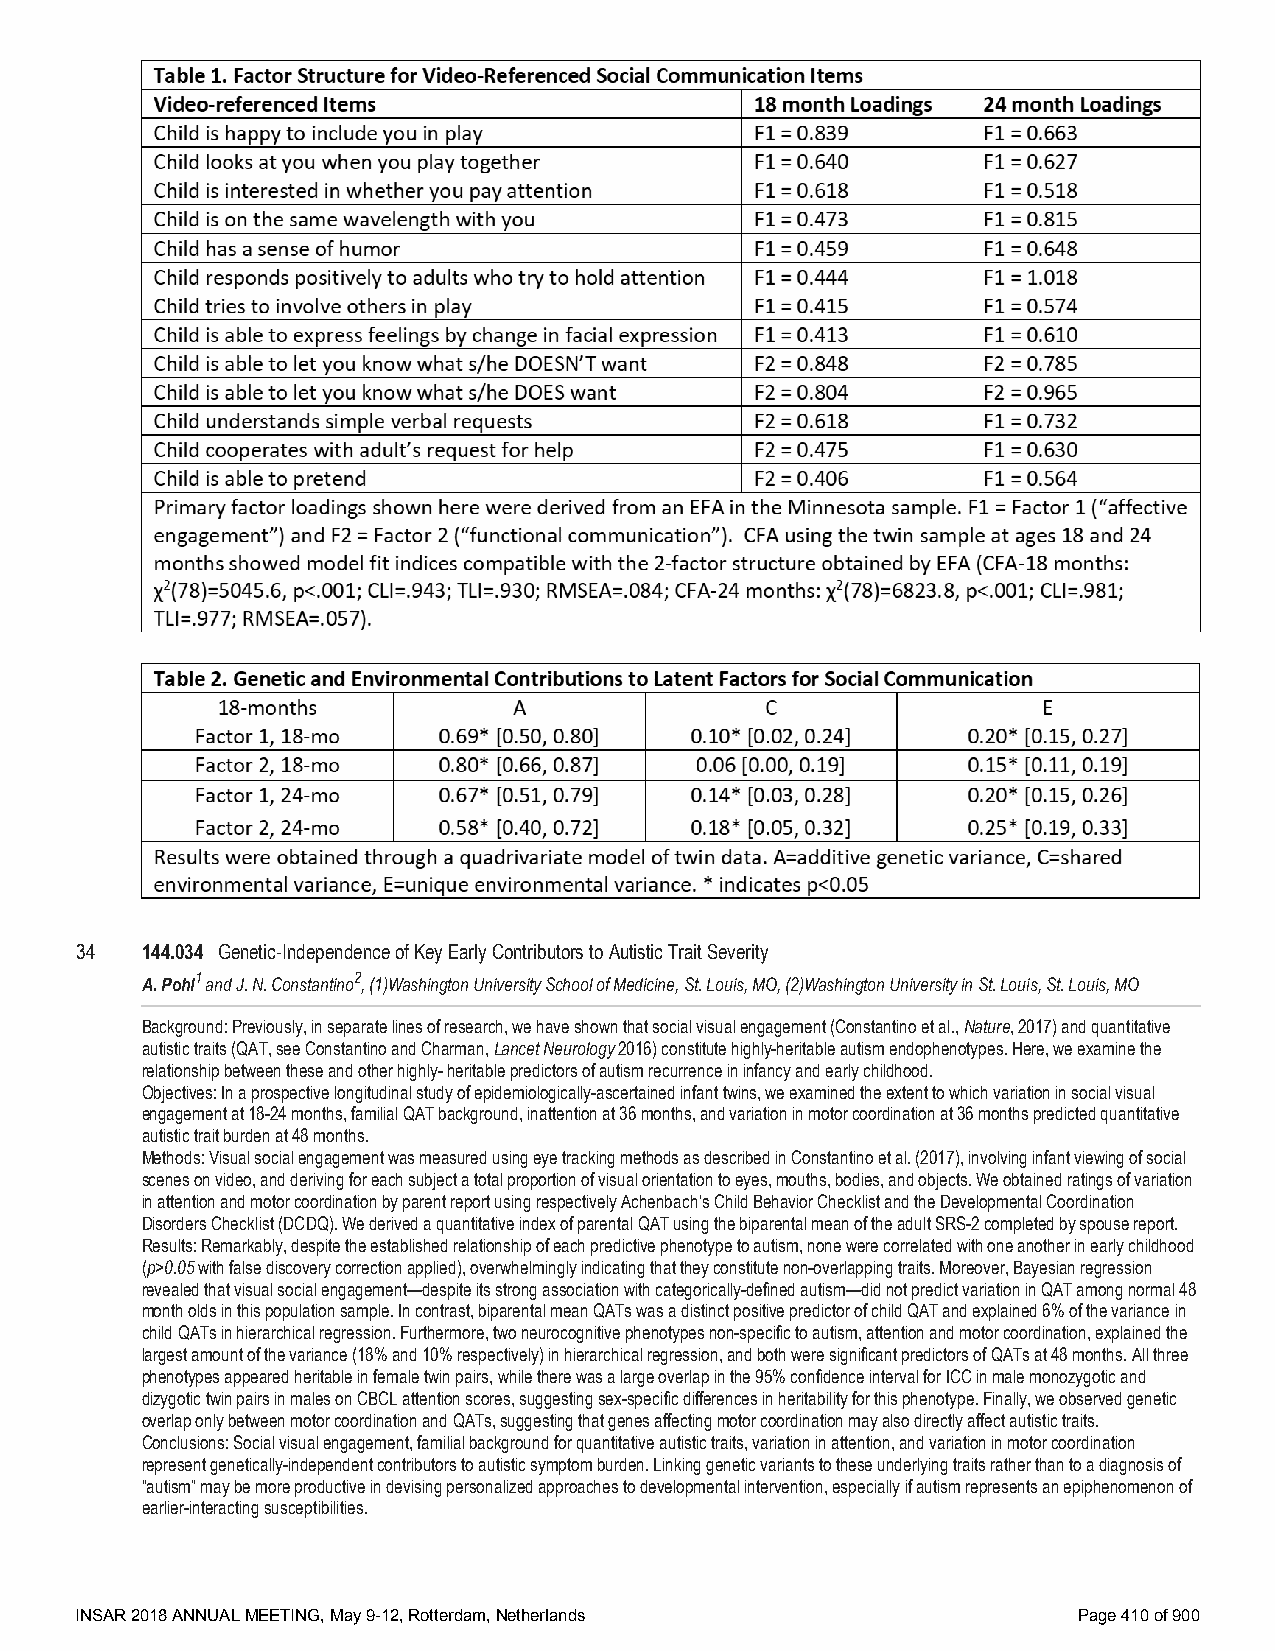
34  144.034 Genetic-Independence of Key Early Contributors to Autistic Trait Severity
 A. Pohl1 and J. N. Constantino2, (1)Washington University School of Medicine, St. Louis, MO, (2)Washington University in St. Louis, St. Louis, MO
 Background: Previously, in separate lines of research, we have shown that social visual engagement (Constantino et al., Nature, 2017) and quantitative
 autistic traits (QAT, see Constantino and Charman, Lancet Neurology 2016) constitute highly-heritable autism endophenotypes. Here, we examine the
 relationship between these and other highly- heritable predictors of autism recurrence in infancy and early childhood.
 Objectives: In a prospective longitudinal study of epidemiologically-ascertained infant twins, we examined the extent to which variation in social visual
 engagement at 18-24 months, familial QAT background, inattention at 36 months, and variation in motor coordination at 36 months predicted quantitative
 autistic trait burden at 48 months.
 Methods: Visual social engagement was measured using eye tracking methods as described in Constantino et al. (2017), involving infant viewing of social
 scenes on video, and deriving for each subject a total proportion of visual orientation to eyes, mouths, bodies, and objects. We obtained ratings of variation
 in attention and motor coordination by parent report using respectively Achenbach’s Child Behavior Checklist and the Developmental Coordination
 Disorders Checklist (DCDQ). We derived a quantitative index of parental QAT using the biparental mean of the adult SRS-2 completed by spouse report.
 Results: Remarkably, despite the established relationship of each predictive phenotype to autism, none were correlated with one another in early childhood
 (p>0.05 with false discovery correction applied), overwhelmingly indicating that they constitute non-overlapping traits. Moreover, Bayesian regression
 revealed that visual social engagement—despite its strong association with categorically-defined autism—did not predict variation in QAT among normal 48
 month olds in this population sample. In contrast, biparental mean QATs was a distinct positive predictor of child QAT and explained 6% of the variance in
 child QATs in hierarchical regression. Furthermore, two neurocognitive phenotypes non-specific to autism, attention and motor coordination, explained the
 largest amount of the variance (18% and 10% respectively) in hierarchical regression, and both were significant predictors of QATs at 48 months. All three
 phenotypes appeared heritable in female twin pairs, while there was a large overlap in the 95% confidence interval for ICC in male monozygotic and
 dizygotic twin pairs in males on CBCL attention scores, suggesting sex-specific differences in heritability for this phenotype. Finally, we observed genetic
 overlap only between motor coordination and QATs, suggesting that genes affecting motor coordination may also directly affect autistic traits.
 Conclusions: Social visual engagement, familial background for quantitative autistic traits, variation in attention, and variation in motor coordination
 represent genetically-independent contributors to autistic symptom burden. Linking genetic variants to these underlying traits rather than to a diagnosis of
 “autism” may be more productive in devising personalized approaches to developmental intervention, especially if autism represents an epiphenomenon of
 earlier-interacting susceptibilities.
 INSAR 2018 ANNUAL MEETING, May 9-12, Rotterdam, Netherlands       Page 410 of 900